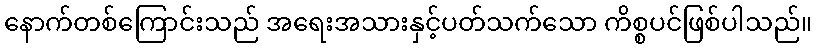
နောက်တစ်ကြောင်းသည် အရေးအသားနှင့်ပတ်သက်သော ကိစ္စပင်ဖြစ်ပါသည်။